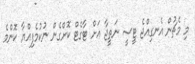
މި މެޗުން އެނގިއްޖެ ޓީސީ ނަތީޖާ އަށް ޓާގެޓް ކޮށްގެން ނުކުމެފިއްޔާ ކޮންމެ